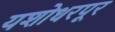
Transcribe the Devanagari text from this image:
यशोधरपूर